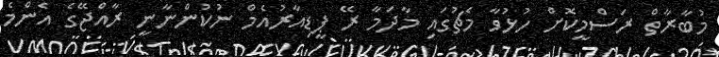
މުބާރާތް ރަސްމީކޮށް ހުޅުވާ މެޗުގައި މާދަމާ ރޭ ޕީޑިއާރުއެމް ނުކުންނާނީ ރާއްޖޭގެ އެންމެ